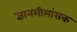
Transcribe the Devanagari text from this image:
ज्ञानमीमांसक